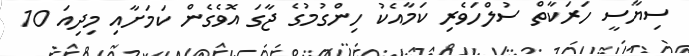
ސިޔާސީ ހަރަކާތް ސުލްހަވެރި ކަމާއެކު ހިންގުމުގެ ޖާގަ އޮވެގެން ކަމަށާއި މިދިއަ 10